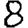
Digit: 8